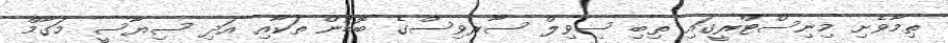
ތިމާވެށި މިނިސްޓްރީގައި ތިބި ސިވިލް ސާރވިސްގެ ބޮޑުން ތަކާއި އަދި ސިޔާސީ މަގާމް